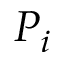
P _ { i }